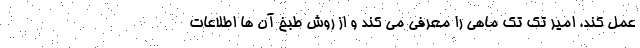
عمل کند. امیر تک تک ماهی را معرفی می کند و از روش طبخ آن ها اطلاعات